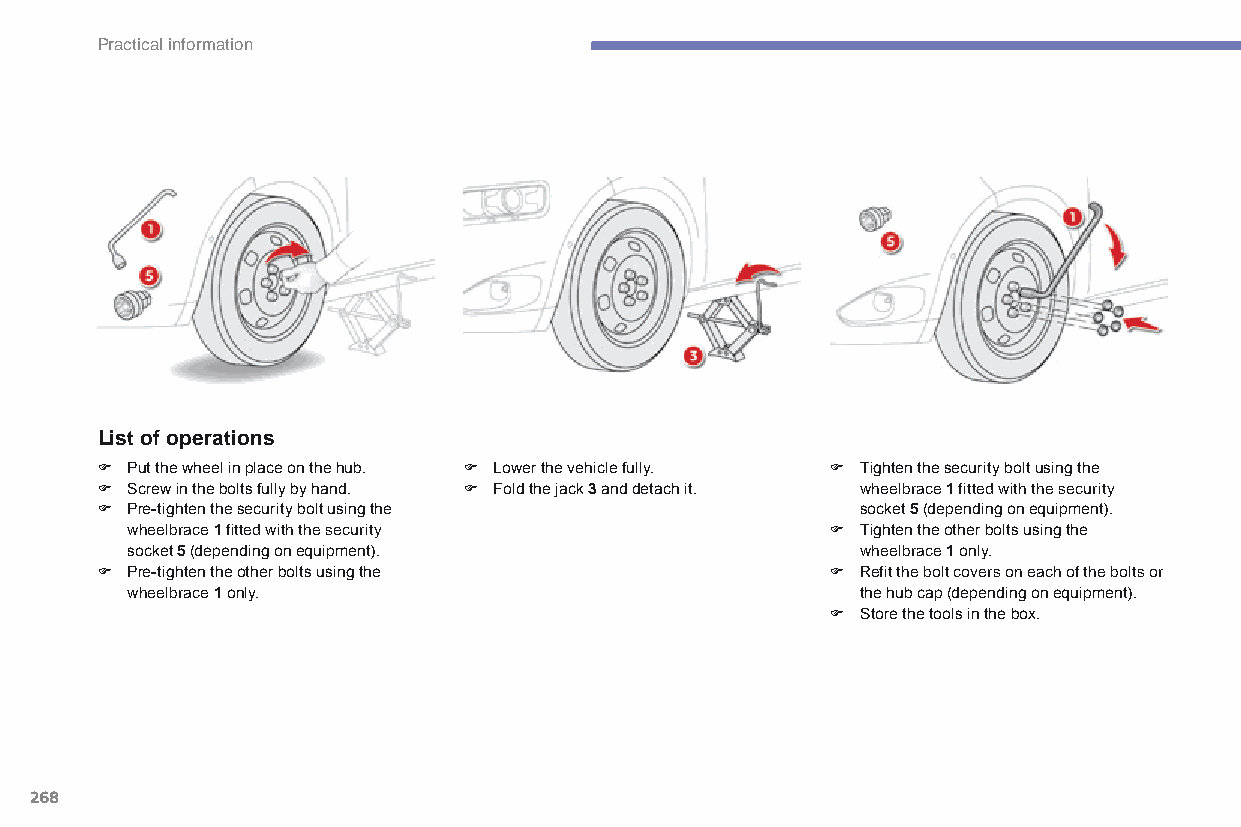
Practical information
 List of operations
 F Put the wheel in place on the hub. F Lower the vehicle fully. F Tighten the security bolt using the
 F Screw in the bolts fully by hand. F Fold the jack 3 and detach it. wheelbrace 1 fitted with the security
 F Pre-tighten the security bolt using the          socket 5 (depending on equipment).
 wheelbrace 1 fitted with the security          F Tighten the other bolts using the
 socket 5 (depending on equipment).               wheelbrace 1 only.
 F Pre-tighten the other bolts using the          F Refit the bolt covers on each of the bolts or
 wheelbrace 1 only.                               the hub cap (depending on equipment).
 F Store the tools in the box.
 268
 C4-Picasso-II_en_Chap07_info-pratiques_ed01-2015